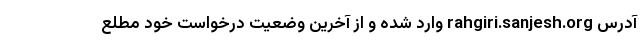
آدرس rahgiri.sanjesh.org وارد شده و از آخرین وضعیت درخواست خود مطلع